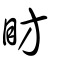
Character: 眆